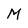
Character: M